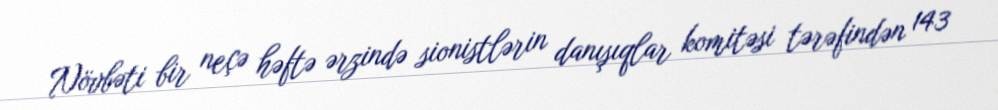
Növbəti bir neçə həftə ərzində sionistlərin danışıqlar komitəsi tərəfindən 143